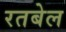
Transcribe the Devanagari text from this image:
रतबेल